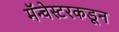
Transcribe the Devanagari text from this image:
मॅन्चेस्टरकडून